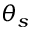
\theta _ { s }